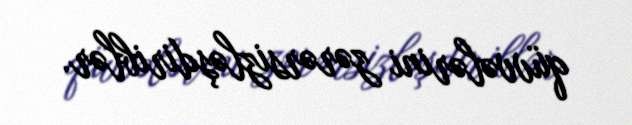
qüvvələrini zərərsizləşdiriblər.